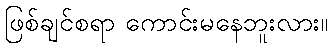
ဖြစ်ချင်စရာ ကောင်းမနေဘူးလား။